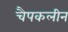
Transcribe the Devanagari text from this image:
चैपकलीन